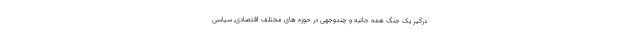
درگیر یک جنگ همه جانبه و چندوجهی در حوزه های مختلف اقتصادی, سیاسی